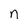
Character: n